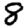
Digit: 8